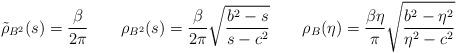
LaTeX: \begin{align*}\tilde{\rho }_{B^2 } (s) = \frac{\beta }{2\pi } \ \ \ \ \ \ \rho_{B^2 } (s) = \frac{\beta }{2\pi } \sqrt{\frac{b^2 -s}{s-c^2 } }\ \ \ \ \ \ \rho_{B} (\eta ) = \frac{\beta \eta }{\pi } \sqrt{\frac{b^2 -\eta^{2} }{\eta^{2} -c^2 } }\end{align*}